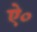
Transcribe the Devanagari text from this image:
ऐ०